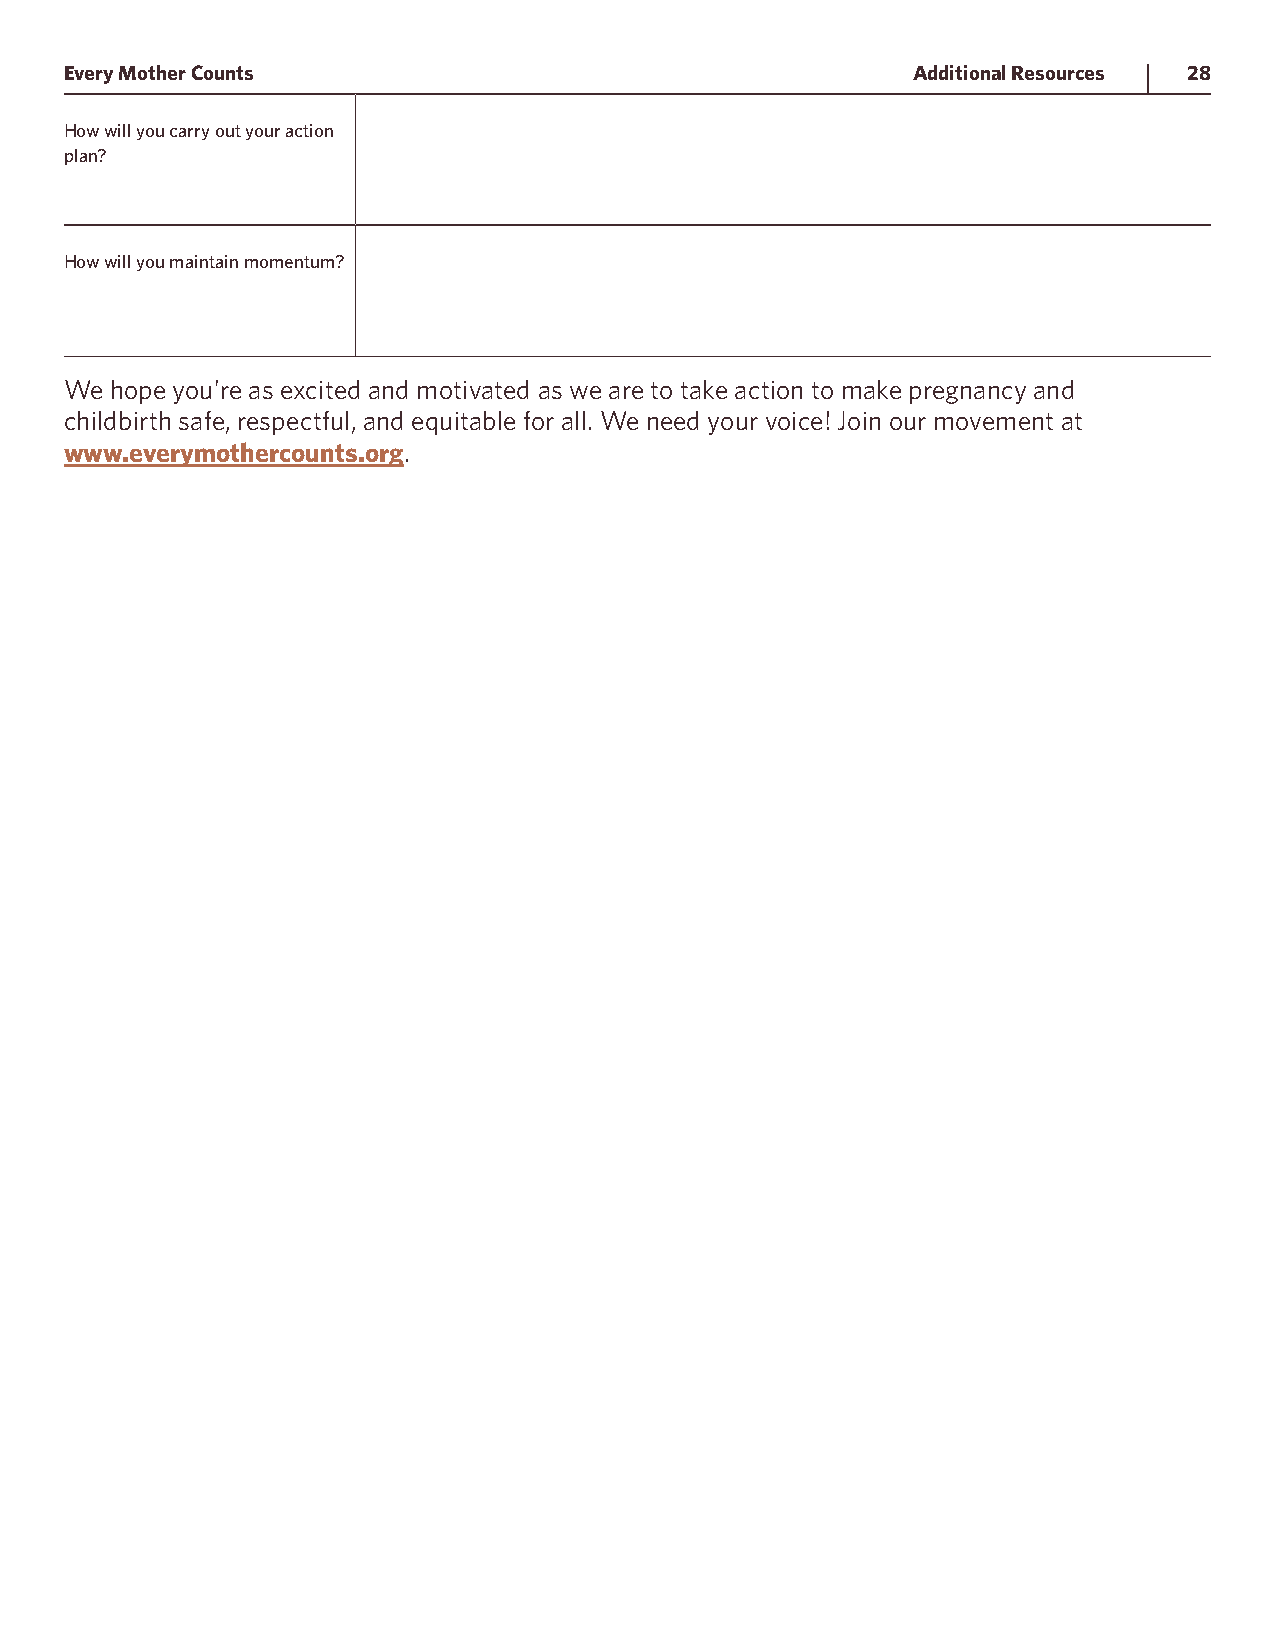
Every Mother Counts                                     Additional Resources 28
 How will you carry out your action
 plan?
 How will you maintain momentum?
 We hope you’re as excited and motivated as we are to take action to make pregnancy and
 childbirth safe, respectful, and equitable for all. We need your voice! Join our movement at
 www.everymothercounts.org.